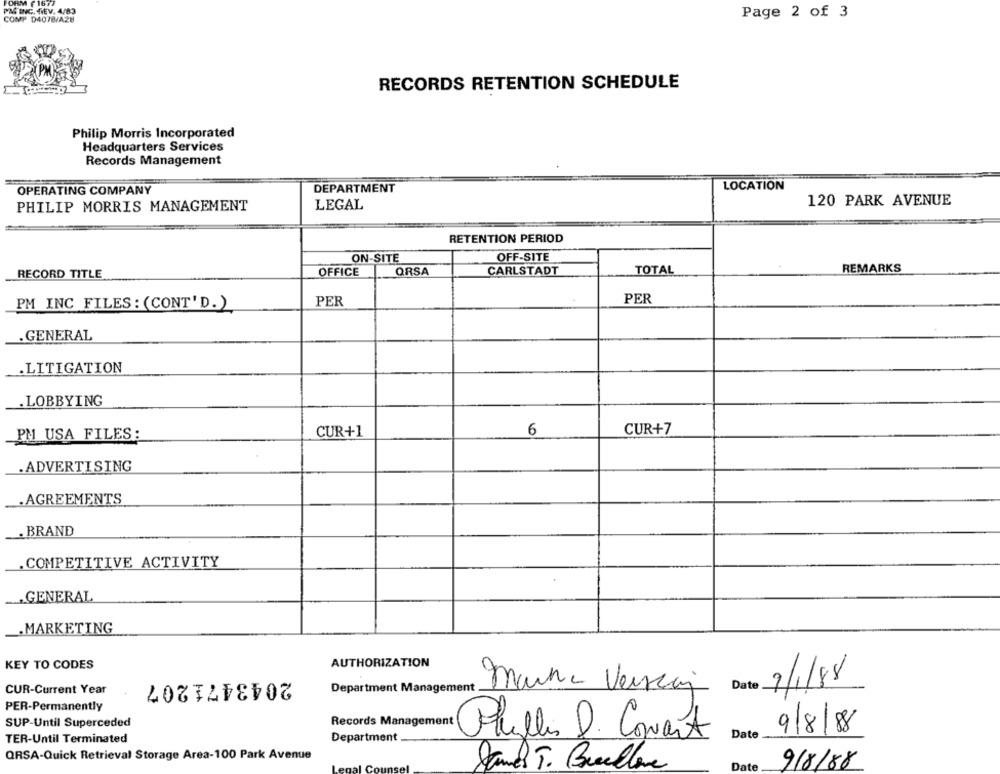
FORM F 1677
PAG ING, WIEV. 4/83
Page 2 of 3
COMP D4078/A28
RECORDS RETENTION SCHEDULE
Philip Morris Incorporated
Headquarters Services
Records Management
LOCATION
OPERATING COMPANY
DEPARTMENT
120 PARK AVENUE
PHILIP MORRIS MANAGEMENT
LEGAL
RETENTION PERIOD
ON-SITE
OFF-SITE
QRSA
CARLSTADT
TOTAL
REMARKS
RECORD TITLE
OFFICE
PER
PER
PM INC FILES : (CONT'D.)
. GENERAL
.LITIGATION
.LOBBYING
CUR+1
6
CUR+7
_PM USA FILES:
. ADVERTISING
... AGREEMENTS
. BRAND
.COMPETITIVE ACTIVITY
.GENERAL
_. MARKETING
KEY TO CODES
AUTHORIZATION
2043471207
CUR-Current Year
Department Management
Mauna Vensaj
Date 9/1/88
PER-Permanently
SUP-Until Superceded
Records Management
Phyllis D. Convert
Date
9/8/88
TER-Until Terminated
Department
QRSA-Quick Retrieval Storage Area-100 Park Avenue
Date
9/8/88
James T. Breedlove